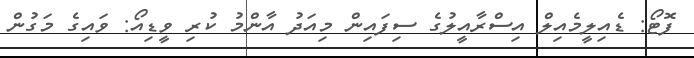
ފޮޓޯ: ޑެއިލީމެއިލް އިސްރާއީލުގެ ސިފައިން މިއަދު އާންމު ކުރި ވީޑިއޯ: ވައިގެ މަގުން